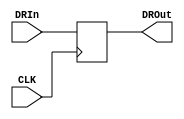
`timescale 1ns / 1ps
//////////////////////////////////////////////////////////////////////////////////
// Company: 
// Engineer: 
// 
// Design Name: 
// Module Name: DR
// Project Name: 
// Target Devices: 
// Tool Versions: 
// Description: 
// 
// Dependencies: 
// 
// Revision:
// Revision 0.01 - File Created
// Additional Comments:
// 
//////////////////////////////////////////////////////////////////////////////////



module DR(
    input CLK,
    input [31:0] DRIn,
    output reg [31:0] DROut
    );
    
    always@(negedge CLK) begin
        DROut = DRIn;
    end
endmodule